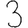
Digit: 3